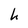
Character: h